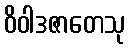
ဝိဝါဒဇာတေသု